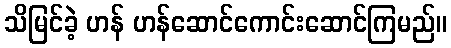
သိမြင်ခဲ့ ဟန် ဟန်ဆောင်ကောင်းဆောင်ကြမည်။